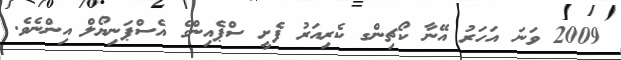
2009 ވަނަ އަހަރު އޭނާ ކޯޗިންގ ކެރިއަރު ފެށީ ސްޕެއިންގެ އެސްޕަނިޔޯލް އިންނެވެ.